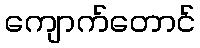
ကျောက်တောင်